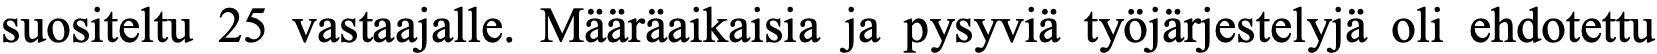
suositeltu 25 vastaajalle. Määräaikaisia ja pysyviä työjärjestelyjä oli ehdotettu